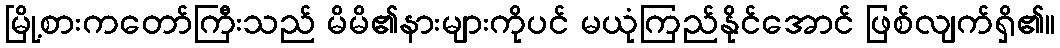
မြို့စားကတော်ကြီးသည် မိမိ၏နားများကိုပင် မယုံကြည်နိုင်အောင် ဖြစ်လျက်ရှိ၏။